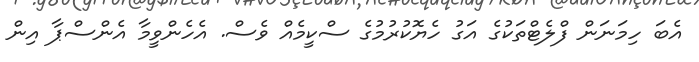
އެބަ ހިމަނަން ފްލެޓްތަކުގެ އަގު ހެޔޮކުރުމުގެ ސްކީމެއް ވެސް. އެހެންވީމާ އެންސްޕާ އިން